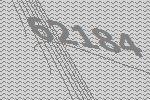
62184